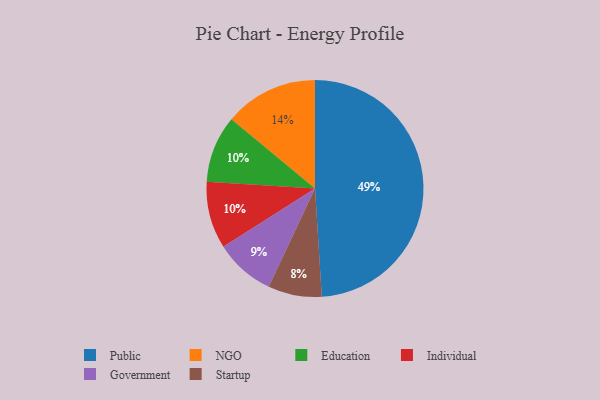
{"axis": {"x": "Category", "y": "Percentage"}, "legend": ["Education", "Government", "Individual", "NGO", "Public", "Startup"], "data": [{"x": "Public", "y": 49, "type": "Public"}, {"x": "Startup", "y": 8, "type": "Startup"}, {"x": "Education", "y": 10, "type": "Education"}, {"x": "Individual", "y": 10, "type": "Individual"}, {"x": "Government", "y": 9, "type": "Government"}, {"x": "NGO", "y": 14, "type": "NGO"}]}